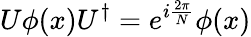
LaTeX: U\phi(x)U^{\dagger}=e^{i{\frac{2\pi}{N}}}\phi(x)